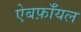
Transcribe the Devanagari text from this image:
ऐबर्फ़ाॅयल